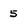
Character: 5